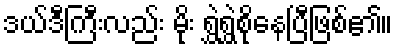
ဒယ်ဒီကြီးလည်း မိုး ရွှဲရွှဲစိုနေပြီဖြစ်၏။